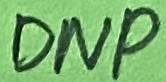
Text: DNP